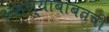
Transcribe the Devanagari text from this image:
असण्याबाबतची